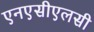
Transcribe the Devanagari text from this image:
एनएसीएलसी